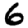
Digit: 6